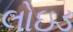
લોઇડ